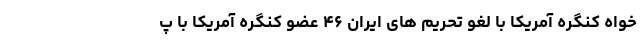
خواه کنگره آمریکا با لغو تحریم های ایران ۴۶ عضو کنگره آمریکا با پ